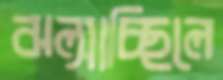
ঝল্‌সাচ্ছিলে